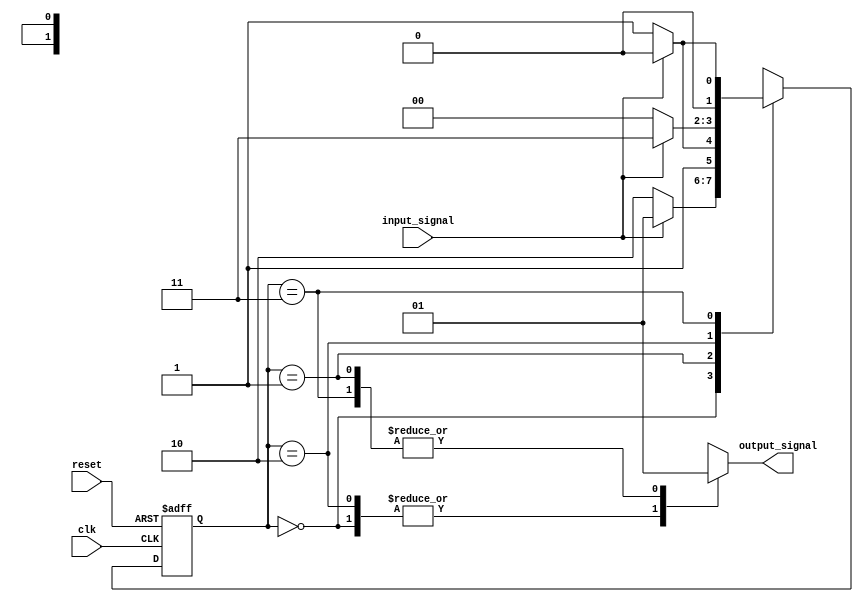
module moore_state_machine (
    input wire clk,
    input wire reset,
    input wire input_signal,
    output reg output_signal
);

// Define states
parameter STATE_A = 2'b00;
parameter STATE_B = 2'b01;
parameter STATE_C = 2'b10;
parameter STATE_D = 2'b11;

// Define state register
reg [1:0] state_reg, next_state;

// Define output values for each state
always @*
begin
    case(state_reg)
        STATE_A: output_signal = 1'b0;
        STATE_B: output_signal = 1'b1;
        STATE_C: output_signal = 1'b0;
        STATE_D: output_signal = 1'b1;
    endcase
end

// Define state transitions
always @(posedge clk or posedge reset)
begin
    if (reset)
        state_reg <= STATE_A;
    else
        state_reg <= next_state;
end

// Determine next state based on current state and input signal
always @*
begin
    case(state_reg)
        STATE_A: next_state = input_signal ? STATE_B : STATE_C;
        STATE_B: next_state = input_signal ? STATE_C : STATE_D;
        STATE_C: next_state = input_signal ? STATE_D : STATE_A;
        STATE_D: next_state = input_signal ? STATE_A : STATE_B;
    endcase
end

endmodule